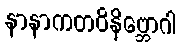
နာနာကတဝိနိဗ္ဘောဂါ